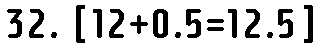
32. [12+0.5=12.5]